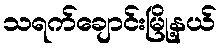
သရက်ချောင်းမြို့နယ်